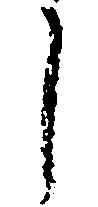
し